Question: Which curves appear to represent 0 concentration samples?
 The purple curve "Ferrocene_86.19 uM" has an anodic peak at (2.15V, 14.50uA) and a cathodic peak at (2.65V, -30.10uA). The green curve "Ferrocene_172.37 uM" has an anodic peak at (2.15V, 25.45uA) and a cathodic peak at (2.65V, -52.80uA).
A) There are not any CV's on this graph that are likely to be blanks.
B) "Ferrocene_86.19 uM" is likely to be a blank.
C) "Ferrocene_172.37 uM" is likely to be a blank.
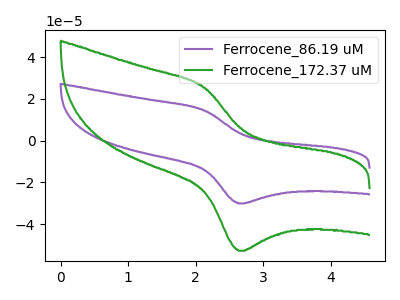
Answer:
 <answer>A) There are not any CV's on this graph that are likely to be blanks.</answer>
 <eval>A</eval>